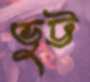
ভুট্ট